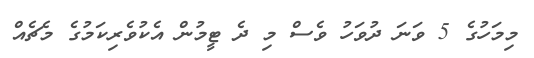
މިމަހުގެ 5 ވަނަ ދުވަހު ވެސް މި ދެ ޓީމުން އެކުވެރިކަމުގެ މެޗެއް